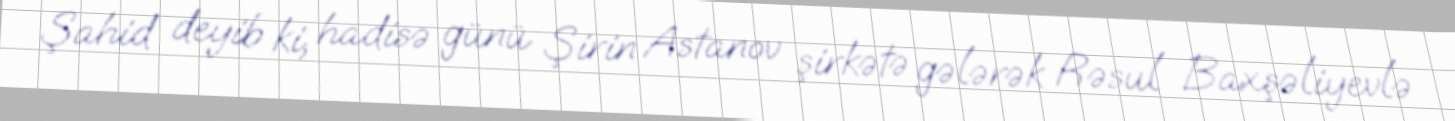
Şahid deyib ki, hadisə günü Şirin Astanov şirkətə gələrək Rəsul Baxşəliyevlə